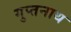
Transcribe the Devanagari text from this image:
गुप्तनाथ